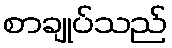
စာချုပ်သည်